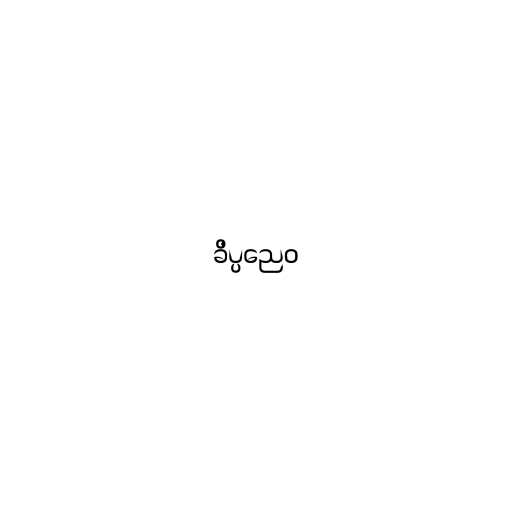
ခိပ္ပညေဝ